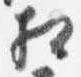
相